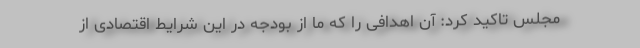
مجلس تاکید کرد: آن اهدافی را که ما از بودجه در این شرایط اقتصادی از